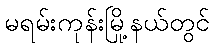
မရမ်းကုန်းမြို့နယ်တွင်